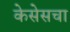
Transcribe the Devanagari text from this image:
केसेसचा